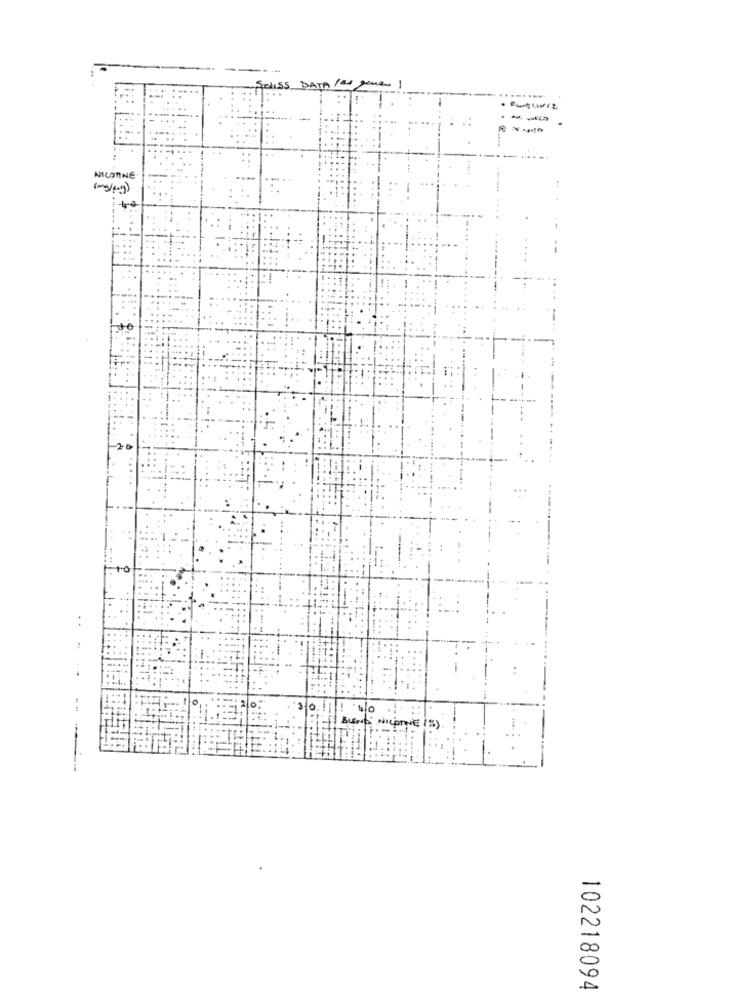
-
NICOTINE
102218094